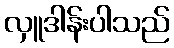
လှူဒါန်းပါသည်